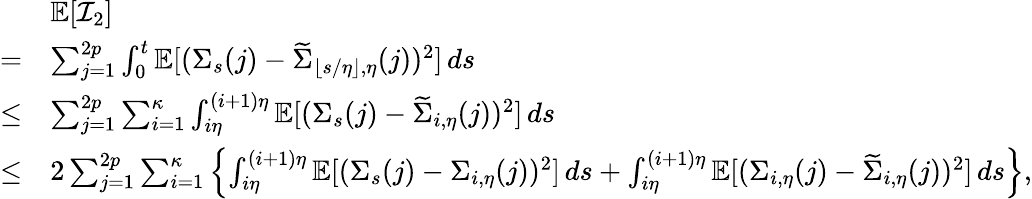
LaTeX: \begin{array}{rl}&{\mathbb{E}[\mathcal{I}_{2}]}\\ {=}&{\sum_{j=1}^{2p}\int_{0}^{t}\mathbb{E}[(\Sigma_{s}(j)-\widetilde\Sigma_{\lfloor s/\eta\rfloor,\eta}(j))^{2}]\, ds}\\ {\leq}&{\sum_{j=1}^{2p}\sum_{i=1}^{\kappa}\int_{i\eta}^{(i+1)\eta}\mathbb{E}[(\Sigma_{s}(j)-\widetilde\Sigma_{i,\eta}(j))^{2}]\, ds}\\ {\leq}&{2\sum_{j=1}^{2p}\sum_{i=1}^{\kappa}\left\{ \int_{i\eta}^{(i+1)\eta}\mathbb{E}[(\Sigma_{s}(j)-\Sigma_{i,\eta}(j))^{2}]\, ds+\int_{i\eta}^{(i+1)\eta}\mathbb{E}[(\Sigma_{i,\eta}(j)-\widetilde\Sigma_{i,\eta}(j))^{2}]\, ds\right\} ,}\end{array}